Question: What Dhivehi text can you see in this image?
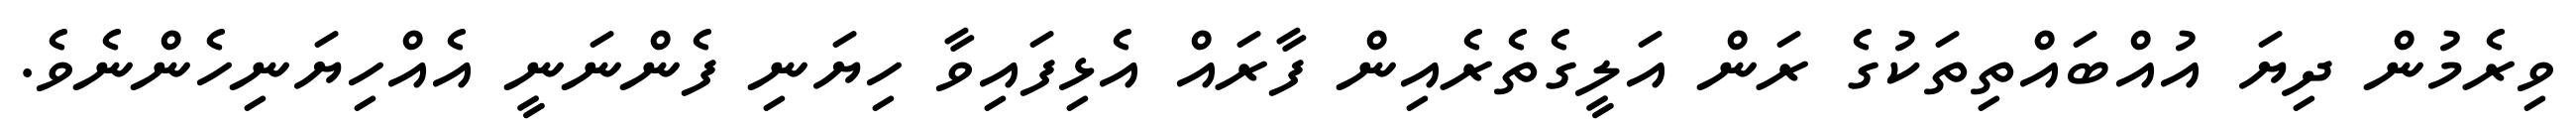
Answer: ވިރެމުން ދިޔަ އުއްބައްތިތަކުގެ ރަން އަލީގެތެރެއިން ފާރައް އެޅިފައިވާ ހިޔަނި ފެންނަނީ އެއްހިޔަނިހެންނެވެ.